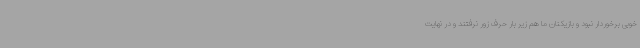
خوبی برخوردار نبود و بازیکنان ما هم زیر بار حرف زور نرفتند و در نهایت